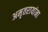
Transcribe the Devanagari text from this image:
अमृतरायांना